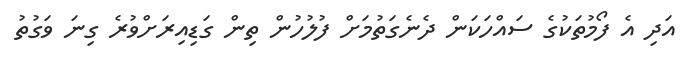
އަދި އެ ފޯމުތަކުގެ ސައްހަކަން ދެނެގަތުމަށް ފުލުހުން ތިން ގަޑިއިރަށްވުރެ ގިނަ ވަގުތު